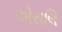
એરાલિ